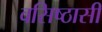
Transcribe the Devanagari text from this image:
वसिष्ठासी